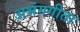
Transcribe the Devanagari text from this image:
अभंगगीता